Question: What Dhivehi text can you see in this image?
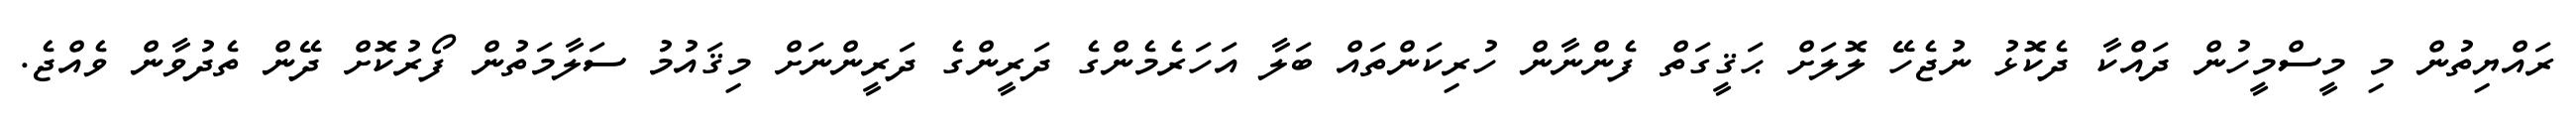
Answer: ރައްޔިތުން މި މީސްމީހުން ދައްކާ ދެކޮޅު ނުޖެހޭ ލޮލަށް ޙަޤީގަތް ފެންނާން ހުރިކަންތައް ބަލާ އަހަރެމެންގެ ދަރީންގެ ދަރީންނަށް މިޤައުމު ސަލާމަތުން ފޯރުކޮށް ދޭން ތެދުވާން ވެއްޖެ.